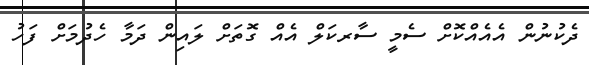
ދެކުނުން އެއެއްކޮށް ސެމީ ސާރކަލް އެއް ގޮތަށް ލައިން ދަމާ ހެދުމަށް ފަހު